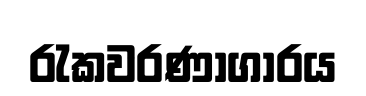
රැකවරණාගාරය